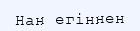
Нан егіннен